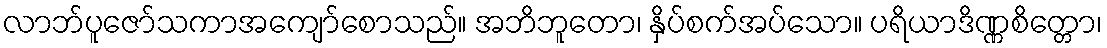
လာဘ်ပူဇော်သကာအကျော်စောသည်။ အဘိဘူတော၊ နှိပ်စက်အပ်သော။ ပရိယာဒိဏ္ဏစိတ္တော၊